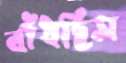
বাঁধছিস